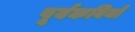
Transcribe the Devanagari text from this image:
पूर्वकवियों